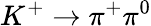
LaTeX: K^{+}\to\pi^{+}\pi^{0}